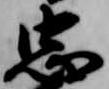
忠